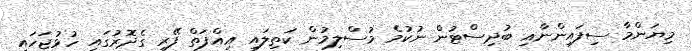
މިޔަންމާ ސިފައިންނާއި ބުދިސްޓުން ނުކުމެ މުސްލިމުން ކަތިލައި އިއްފަތް ފޭރި ގެދޮރުގައި ހުޅުޖަހައި